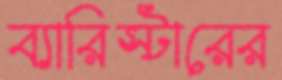
ব্যারিস্টারের